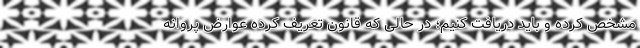
مشخص کرده و باید دریافت کنیم؛ در حالی که قانون تعریف کرده عوارض پروانه